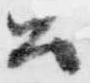
召